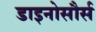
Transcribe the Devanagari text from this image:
डाइनोसौर्स